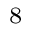
_ 8